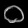
Digit: ၀